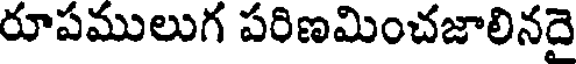
రూపములుగ పరిణమించజాలినదై